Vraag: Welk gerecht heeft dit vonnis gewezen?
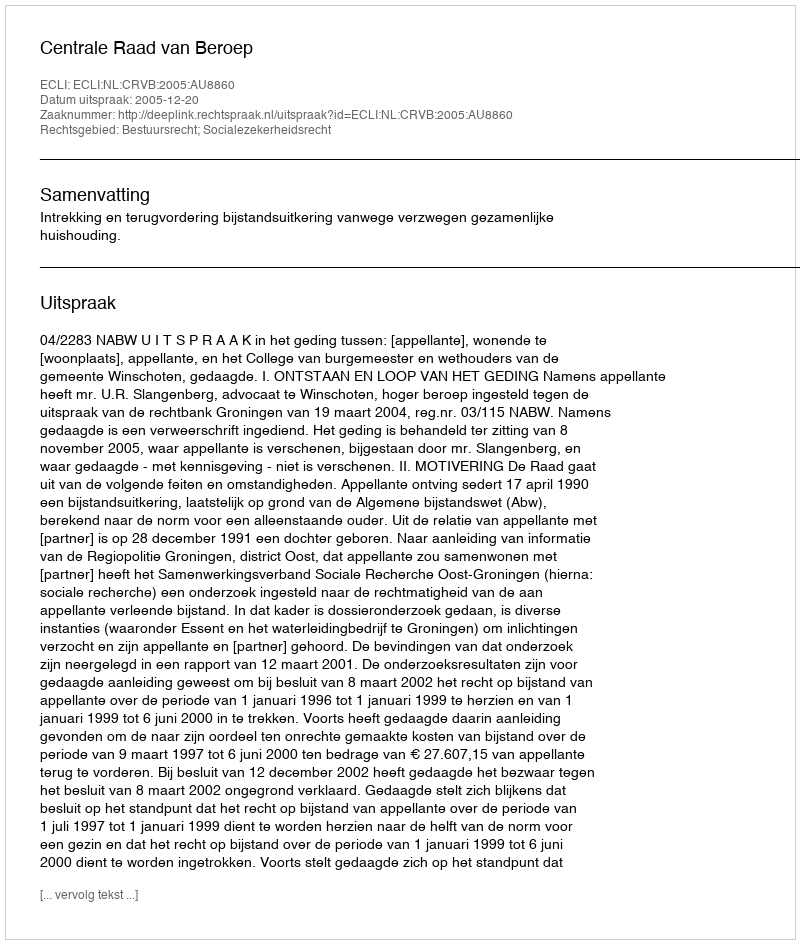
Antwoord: Centrale Raad van Beroep